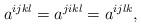
LaTeX: \begin{align*}a^{ijkl}=a^{jikl}=a^{ijlk},\end{align*}